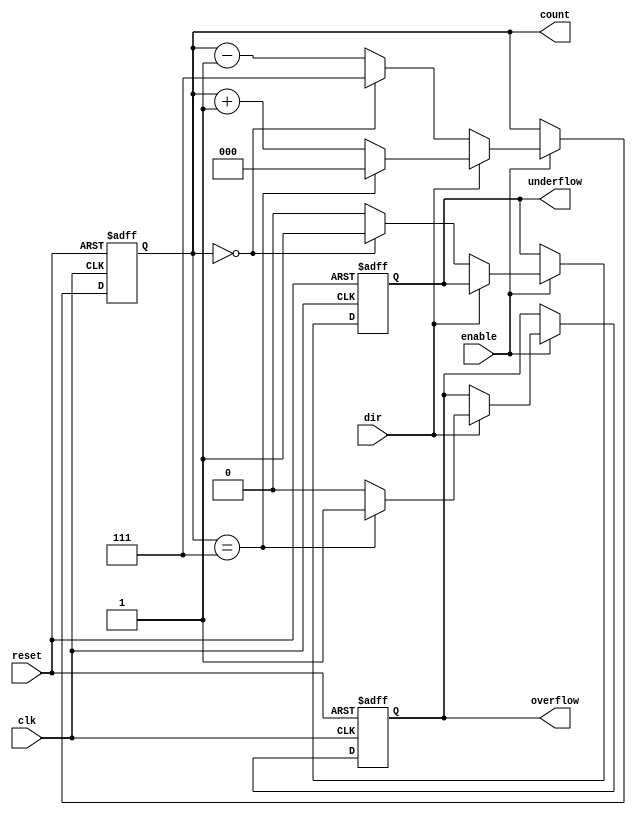
module synchronous_counter (
    input wire clk,       // Clock input
    input wire enable,    // Enable signal
    input wire reset,     // Asynchronous reset
    input wire dir,       // Counting direction (1 for up, 0 for down)
    output reg [2:0] count, // 3-bit counter output (0 to 7)
    output reg overflow,   // Overflow flag
    output reg underflow   // Underflow flag
);

// Asynchronous reset and counter logic
always @(posedge clk or posedge reset) begin
    if (reset) begin
        count <= 3'b000; // Reset count to 0
        overflow <= 1'b0; // Clear overflow flag
        underflow <= 1'b0; // Clear underflow flag
    end
    else if (enable) begin
        if (dir) begin
            if (count == 3'b111) begin // Check for overflow
                count <= 3'b000; // Wrap around to 0
                overflow <= 1'b1; // Set overflow flag
            end
            else begin
                count <= count + 1; // Increment count
                overflow <= 1'b0; // Clear overflow flag
            end
        end
        else begin
            if (count == 3'b000) begin // Check for underflow
                count <= 3'b111; // Wrap around to max value
                underflow <= 1'b1; // Set underflow flag
            end
            else begin
                count <= count - 1; // Decrement count
                underflow <= 1'b0; // Clear underflow flag
            end
        end
    end
end

endmodule